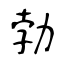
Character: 勃